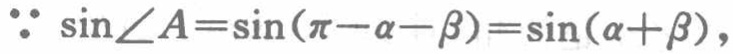
\(\because \sin\angle A=\sin(\pi - \alpha - \beta)=\sin(\alpha + \beta)\)